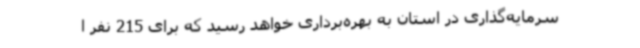
سرمایه‌گذاری در استان به بهره‌برداری خواهد رسید که برای 215 نفر ا